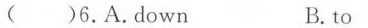
()6.A.Down B.to